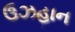
ઉઝહાન